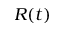
R ( t )